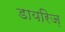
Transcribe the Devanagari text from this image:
डायरिज़